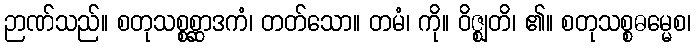
ဉာဏ်သည်။ စတုသစ္စစ္ဆာဒကံ၊ တတ်သော။ တမံ၊ ကို။ ဝိဇ္ဈတိ၊ ၏။ စတုသစ္စဓမ္မေစ၊